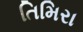
તિમિરા